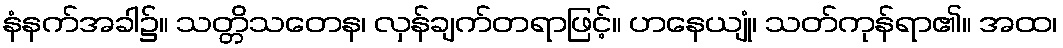
နံနက်အခါ၌။ သတ္တိသတေန၊ လှန်ချက်တရာဖြင့်။ ဟနေယျုံ၊ သတ်ကုန်ရာ၏။ အထ၊